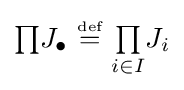
{\textstyle \prod }J_{\bullet }~{\stackrel {\scriptscriptstyle {\text{def}}}{=}}~{\textstyle \prod \limits _{i\in I}}J_{i}